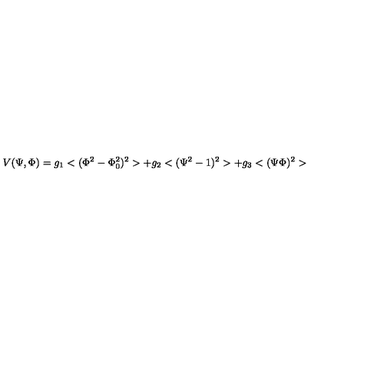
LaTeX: V ( \Psi , \Phi ) = g _ { 1 } < ( \Phi ^ { 2 } - \Phi _ { 0 } ^ { 2 } ) ^ { 2 } > + g _ { 2 } < ( \Psi ^ { 2 } - 1 ) ^ { 2 } > + g _ { 3 } < ( \Psi \Phi ) ^ { 2 } >